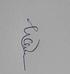
Signature authenticity: genuine